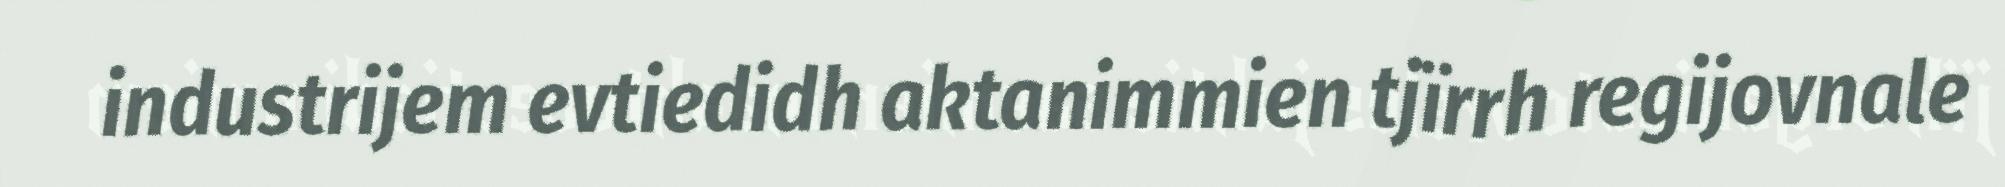
industrijem evtiedidh aktanimmien tjïrrh regijovnale